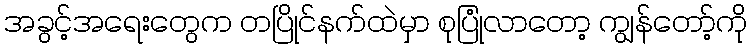
အခွင့်အရေးတွေက တပြိုင်နက်ထဲမှာ စုပြုံလာတော့ ကျွန်တော့်ကို